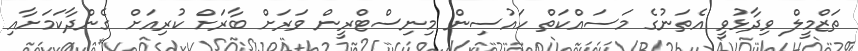
ތަޒްމީލް ވިދާޅުވީ އެތަނުގެ މަސައްކަތް ހައުސިން މިނިސްޓްރީން ވަރަށް ބާރަށް ކުރިއަށް ގެންދާކަމަށާއި